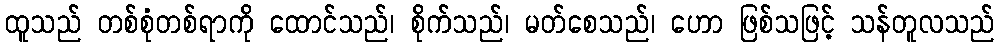
ထူသည် တစ်စုံတစ်ရာကို ထောင်သည်၊ စိုက်သည်၊ မတ်စေသည်၊ ဟော ဖြစ်သဖြင့် သန်တူလသည်